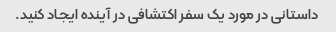
داستانی در مورد یک سفر اکتشافی در آینده ایجاد کنید.